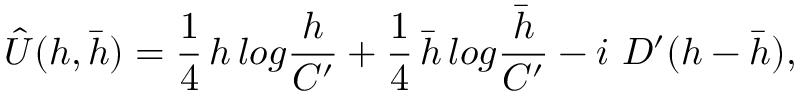
\hat { U } ( h , \bar { h } ) = { \frac { 1 } { 4 } } \, h \, l o g { \frac { h } { C ^ { \prime } } } + { \frac { 1 } { 4 } } \, \bar { h } \, l o g { \frac { \bar { h } } { C ^ { \prime } } } - i \ D ^ { \prime } ( h - \bar { h } ) ,